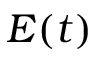
E ( t )